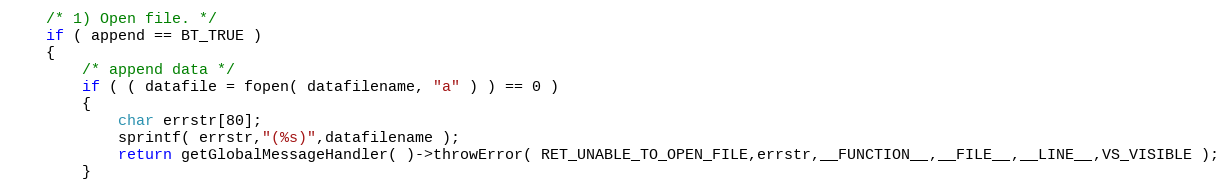
Language: C++
	/* 1) Open file. */
	if ( append == BT_TRUE )
	{
		/* append data */
		if ( ( datafile = fopen( datafilename, "a" ) ) == 0 )
		{
			char errstr[80];
			sprintf( errstr,"(%s)",datafilename );
			return getGlobalMessageHandler( )->throwError( RET_UNABLE_TO_OPEN_FILE,errstr,__FUNCTION__,__FILE__,__LINE__,VS_VISIBLE );
		}